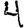
Digit: 4